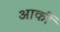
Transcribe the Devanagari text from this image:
आर्की